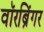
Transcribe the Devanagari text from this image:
वॉरब्रिंगर